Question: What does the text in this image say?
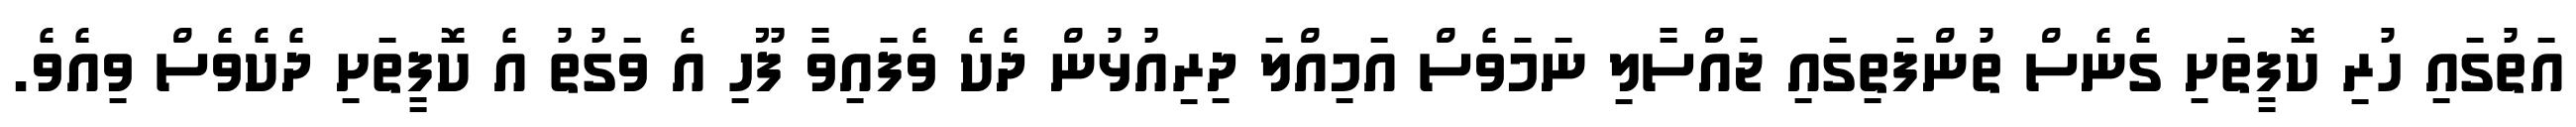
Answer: އަތުގައި ހުރި ކޮފީތަށި ގެނެސް ތުންފަތިގައި ޖައްސާލި ނަމަވެސް އަމިއްލަ ދިރިއުޅުން ދެކެ ވެފައިވާ ފޫހި އެ ވަގުތު އެ ކޮފީތަށި ދެކެވެސް ވިއެވެ.